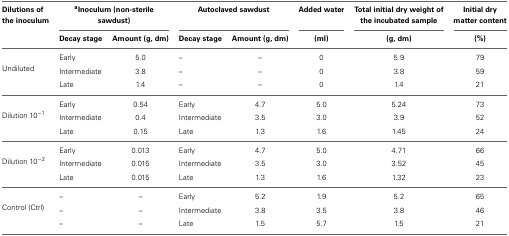
<table><thead><tr><td><b>Dilutions of the inoculum</b></td><td colspan="2"><b><sup>a</sup>Inoculum (non-sterile sawdust)</b></td><td colspan="2"><b>Autoclaved sawdust</b></td><td><b>Added water</b></td><td><b>Total initial dry weight of the incubated sample</b></td><td><b>Initial dry matter content</b></td></tr><tr><td></td><td><b>Decay stage</b></td><td><b>Amount (g, dm)</b></td><td><b>Decay stage</b></td><td><b>Amount (g, dm)</b></td><td><b>(ml)</b></td><td><b>(g, dm)</b></td><td><b>(%)</b></td></tr></thead><tbody><tr><td rowspan="3">Undiluted</td><td>Early</td><td>5.0</td><td>–</td><td>–</td><td>0</td><td>5.9</td><td>79</td></tr><tr><td>Intermediate</td><td>3.8</td><td>–</td><td>–</td><td>0</td><td>3.8</td><td>59</td></tr><tr><td>Late</td><td>1.4</td><td>–</td><td>–</td><td>0</td><td>1.4</td><td>21</td></tr><tr><td rowspan="3">Dilution 10<sup>−1</sup></td><td>Early</td><td>0.54</td><td>Early</td><td>4.7</td><td>5.0</td><td>5.24</td><td>73</td></tr><tr><td>Intermediate</td><td>0.4</td><td>Intermediate</td><td>3.5</td><td>3.0</td><td>3.9</td><td>52</td></tr><tr><td>Late</td><td>0.15</td><td>Late</td><td>1.3</td><td>1.6</td><td>1.45</td><td>24</td></tr><tr><td rowspan="3">Dilution 10<sup>−2</sup></td><td>Early</td><td>0.013</td><td>Early</td><td>4.7</td><td>5.0</td><td>4.71</td><td>66</td></tr><tr><td>Intermediate</td><td>0.015</td><td>Intermediate</td><td>3.5</td><td>3.0</td><td>3.52</td><td>45</td></tr><tr><td>Late</td><td>0.015</td><td>Late</td><td>1.3</td><td>1.6</td><td>1.32</td><td>23</td></tr><tr><td rowspan="3">Control (Ctrl)</td><td>–</td><td>–</td><td>Early</td><td>5.2</td><td>1.9</td><td>5.2</td><td>65</td></tr><tr><td>–</td><td>–</td><td>Intermediate</td><td>3.8</td><td>3.5</td><td>3.8</td><td>46</td></tr><tr><td>–</td><td>–</td><td>Late</td><td>1.5</td><td>5.7</td><td>1.5</td><td>21</td></tr></tbody></table>